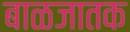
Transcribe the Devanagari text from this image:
बाळजातक